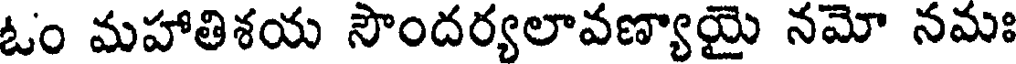
ఓం మహాతిశయ సౌందర్యలావణ్యాయై నమో నమః